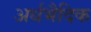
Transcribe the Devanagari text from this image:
अर्धभैदिक